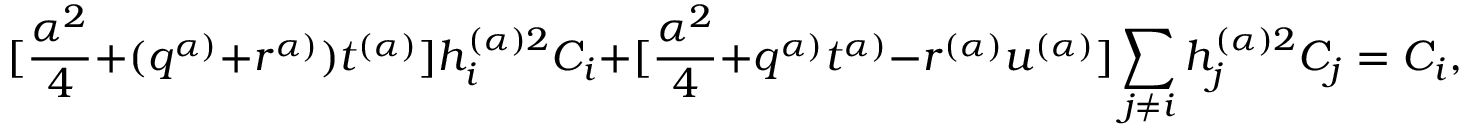
[ \frac { \alpha ^ { 2 } } { 4 } + ( q ^ { \alpha ) } + r ^ { \alpha ) } ) t ^ { ( \alpha ) } ] h _ { i } ^ { ( \alpha ) 2 } C _ { i } + [ \frac { \alpha ^ { 2 } } { 4 } + q ^ { \alpha ) } t ^ { \alpha ) } - r ^ { ( \alpha ) } u ^ { ( \alpha ) } ] \sum _ { j \neq i } h _ { j } ^ { ( \alpha ) 2 } C _ { j } = C _ { i } , ~ ~ ~ i = 1 , . . . n